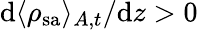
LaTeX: \mathrm{d}\langle\rho_{\mathrm{{sa}}}\rangle_{A,t}/\mathrm{d}z>0